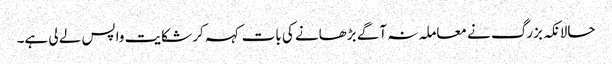
حالانکہ بزرگ نے معاملہ نہ آگے بڑھانے کی بات کہہ کر شکایت واپس لے لی ہے۔